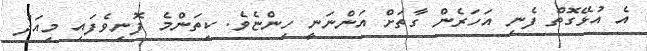
އެ އުޅޭގޮތް ފެނި އަހަރެން ގާތަށް އަންނަނީ ހިންޏެވެ. ކިތަންމެ ފޮނިވެފައި މިއަދު